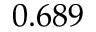
0 . 6 8 9